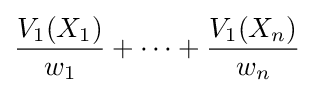
{\frac {V_{1}(X_{1})}{w_{1}}}+\cdots +{\frac {V_{1}(X_{n})}{w_{n}}}